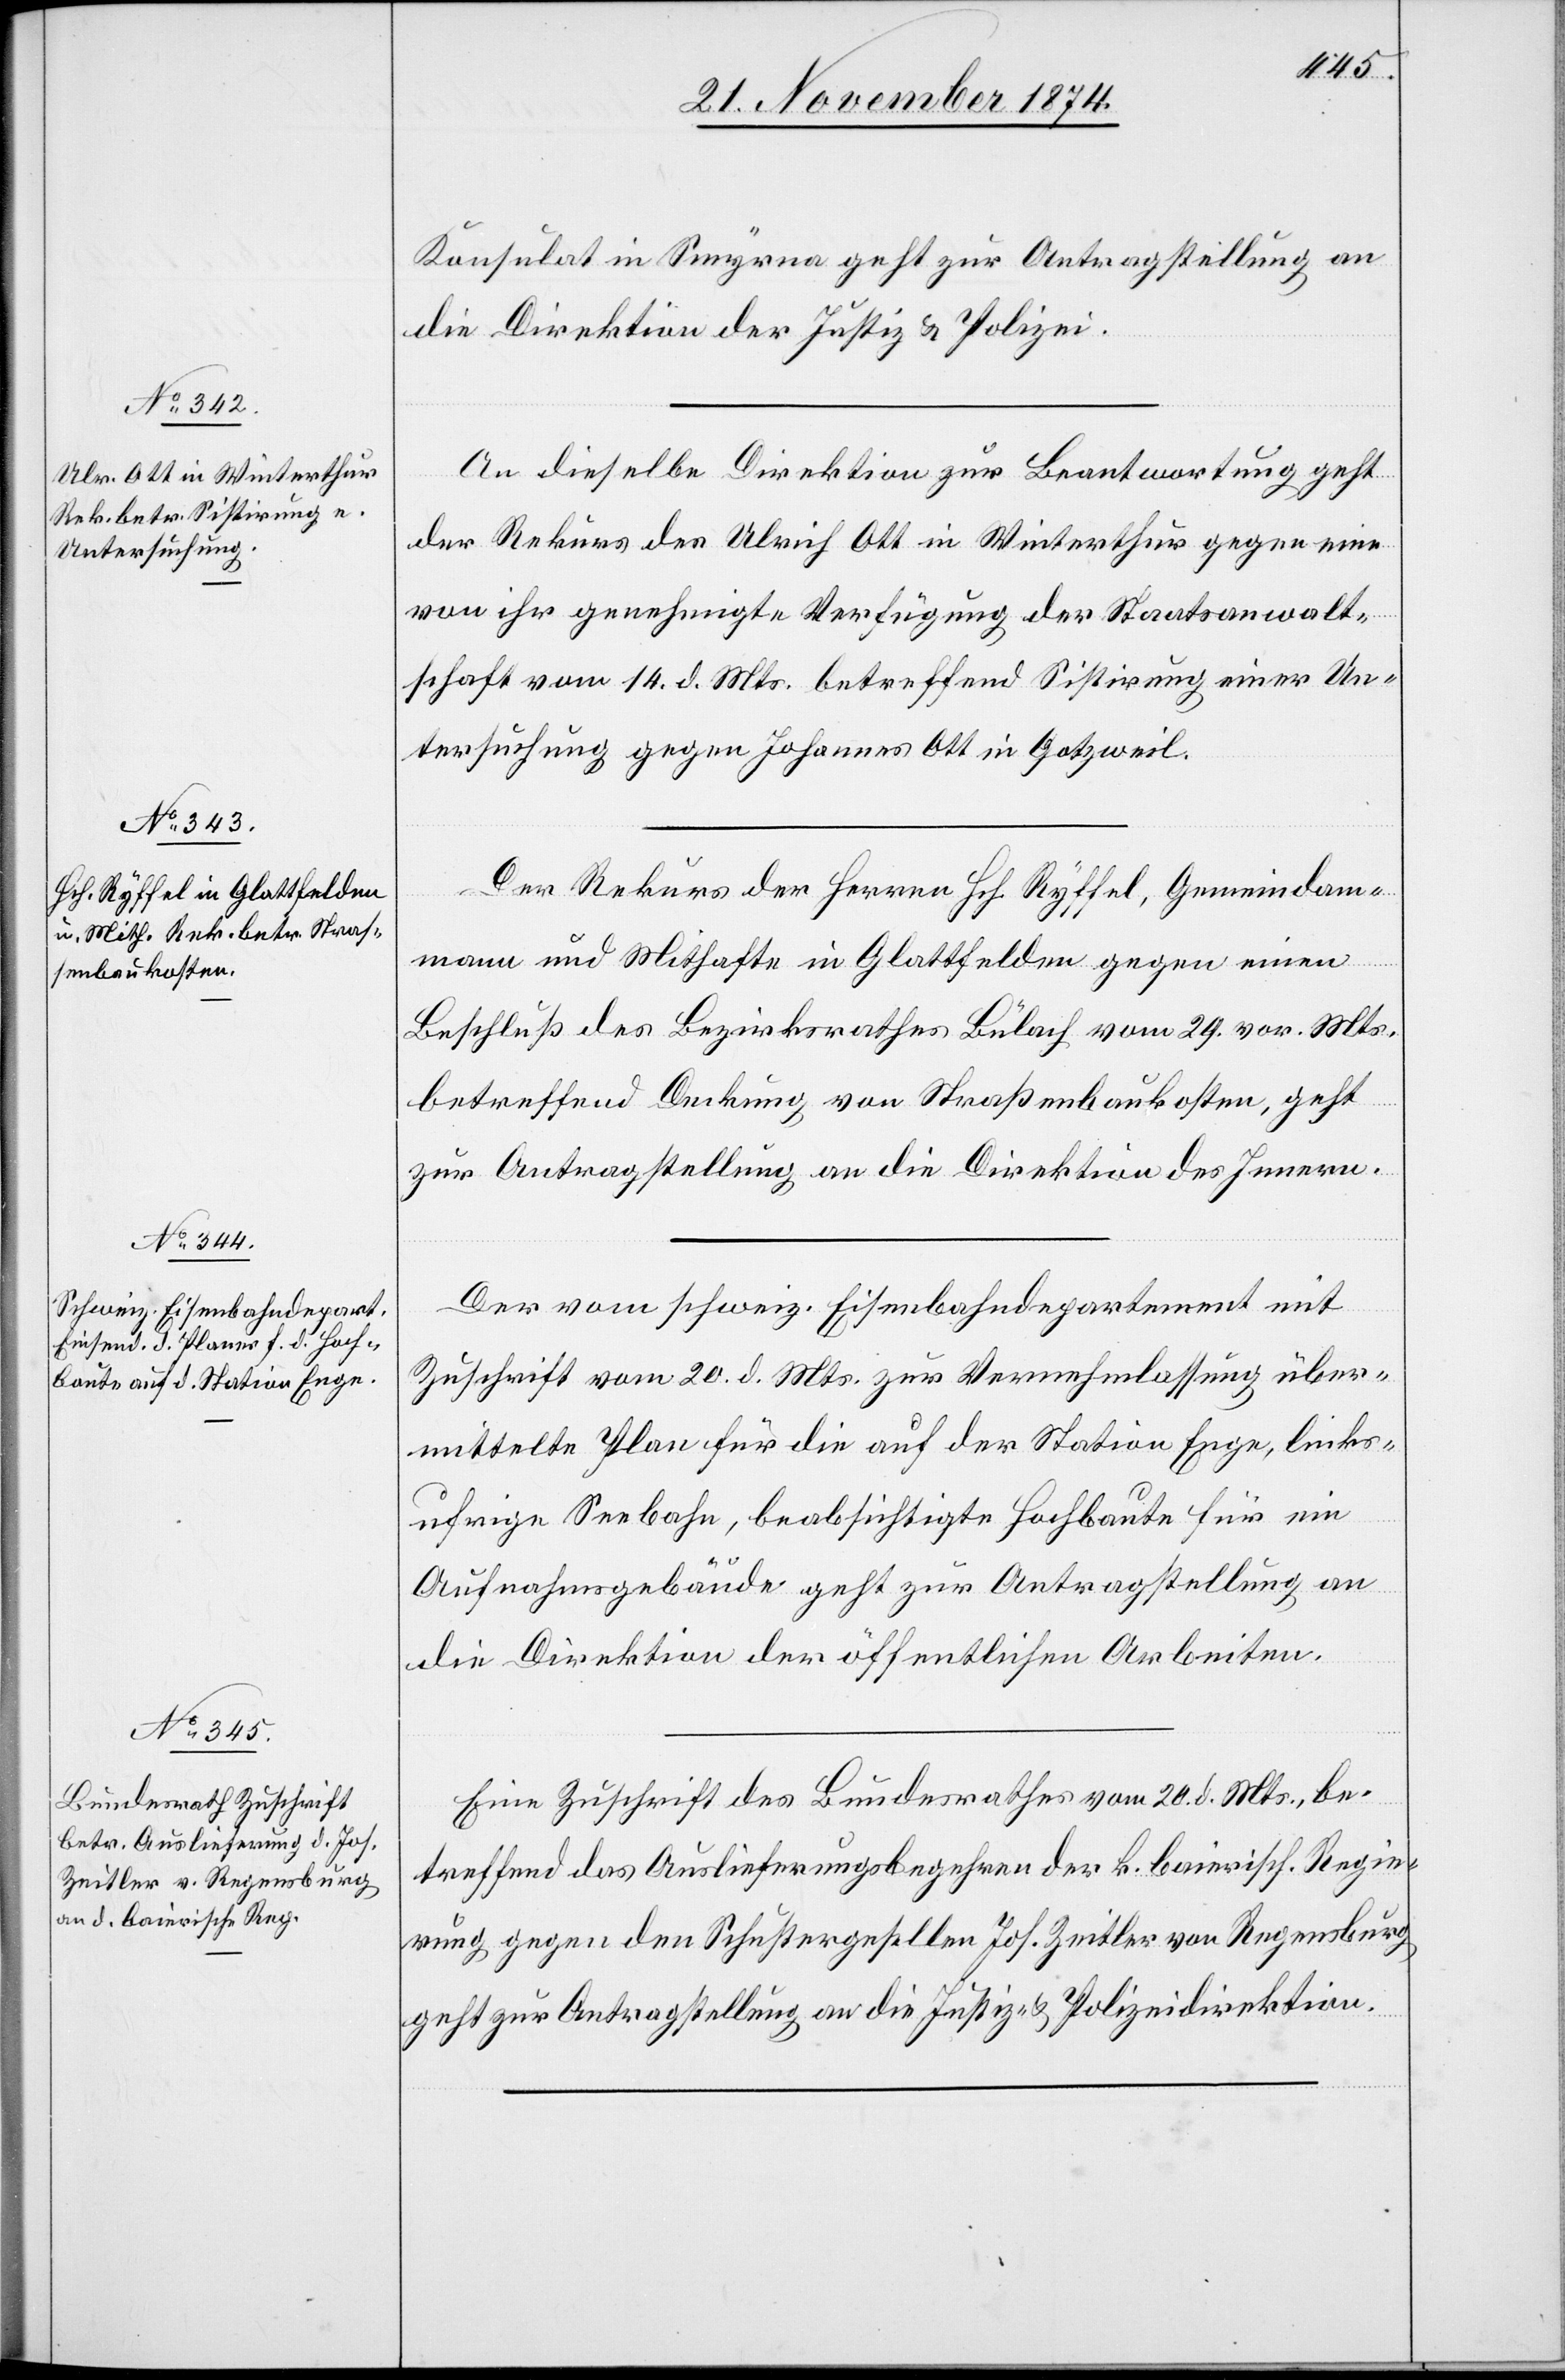
23. November 1874.]
Konsulat in Smyrna geht zur Antragstellung an
die Direktion der Justiz & Polizei.
ng
An dieselbe Direktion zur Beantwortung geht
der Rekurs des Ulrich Ott in Winterthur gegen eine
von ihr genehmigte Verfügung der Staatsanwalt¬
schaft vom 14. d. Mts. betreffend Sistirung einer Un¬
tersuchung gegen Johannes Ott in Gotzweil.
Der Rekurs der Herren Hch. Ryffel, Gemeindam¬
mann und Mithafte in Glattfelden gegen einen
Beschluß des Bezirksrathes Bülach vom 29. vor. Mts.
betreffend Deckung von Straßenbaukosten, geht
zur Antragstellung an die Direktion des Innern.
Der vom schweiz. Eisenbahndepartement mit
Zuschrift vom 20. d. Mts. zur Vernehmlassung über¬
mittelte Plan für die auf der Station Enge, links¬
setzu¬
ufrige Seebahn, beabsichtigte Hochbaute für ein
Aufnahmsgebäude geht zur Antragstellung an
die Direktion der öffentlichen Arbeiten.
Eine Zuschrift des Bundesrathes vom 20. d. Mts., be¬
treffend das Auslieferungsbegehren der k. baierisch. Regie¬
rung gegen den Schustergesellen Jos. Zeitler von Regensburg
geht zur Antragstellung an die Justiz- & Polizeidirektion.